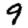
Digit: 9